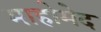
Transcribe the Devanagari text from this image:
माहोमेद